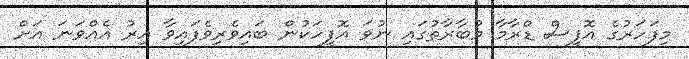
މިފަހަރުގެ އޮފީސް ޑްރާމާ މުބާރާތުގައި ނުވަ އޮފީހަކުން ބައިވެރިވެފައިވާ އިރު އެއްވަނަ އަށް